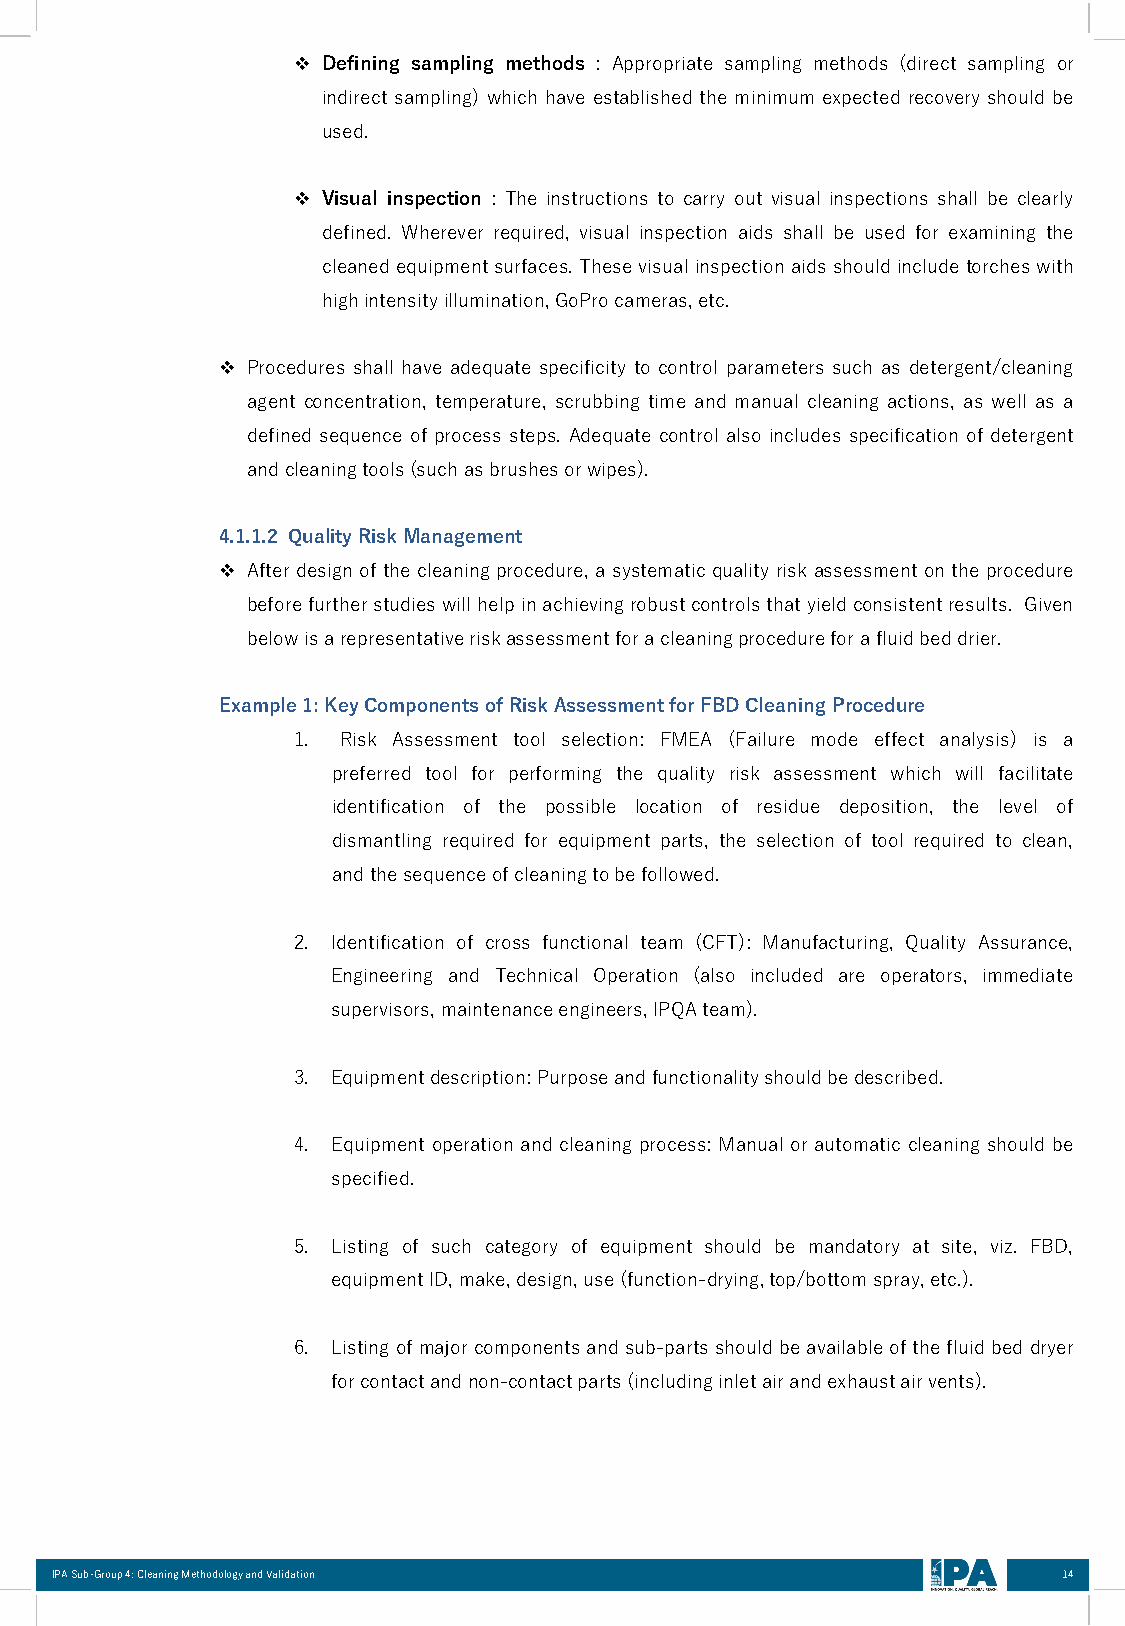
❖ Defining sampling methods : Appropriate sampling methods (direct sampling or
 indirect sampling) which have established the minimum expected recovery should be
 used.
 ❖ Visual inspection : The instructions to carry out visual inspections shall be clearly
 defined. Wherever required, visual inspection aids shall be used for examining the
 cleanedequipmentsurfaces.Thesevisualinspectionaids shouldincludetorches with
 highintensityillumination,GoProcameras,etc.
 ❖ Procedures shall have adequate specificity to control parameters such as detergent/cleaning
 agent concentration, temperature, scrubbing time and manual cleaning actions, as well as a
 defined sequence of process steps. Adequate control also includes specification of detergent
 andcleaningtools(suchasbrushesorwipes).
 4.1.1.2 QualityRiskManagement
 ❖ After design of the cleaning procedure,a systematic quality risk assessment on the procedure
 beforefurtherstudieswillhelpinachievingrobustcontrolsthatyieldconsistentresults. Given
 belowisarepresentativeriskassessmentforacleaningprocedureforafluidbeddrier.
 Example1:KeyComponents ofRiskAssessmentforFBDCleaningProcedure
 1.  Risk Assessment tool selection: FMEA (Failure mode effect analysis) is a
 preferred tool for performing the quality risk assessment which will facilitate
 identification of the possible location of residue deposition, the level of
 dismantling required for equipment parts, the selection of tool required to clean,
 andthesequenceofcleaningtobefollowed.
 2. Identification of cross functional team (CFT): Manufacturing, Quality Assurance,
 Engineering and Technical Operation (also included are operators, immediate
 supervisors,maintenanceengineers,IPQAteam).
 3. Equipmentdescription:Purposeandfunctionalityshouldbedescribed.
 4. Equipment operation and cleaning process: Manual or automatic cleaning should be
 specified.
 5. Listing of such category of equipment should be mandatory at site, viz. FBD,
 equipmentID,make,design,use(function-drying,top/bottomspray,etc.).
 6. Listingofmajorcomponentsandsub-partsshouldbeavailableofthefluidbed dryer
 forcontactandnon-contactparts(includinginletairandexhaustairvents).
 IPA Sub-Group 4: Cleaning Methodology and Validation               14